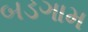
બડગામ